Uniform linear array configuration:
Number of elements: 48
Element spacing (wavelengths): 1
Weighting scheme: blackman
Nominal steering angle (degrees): -45
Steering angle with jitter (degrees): -46.514
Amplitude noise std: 0.05
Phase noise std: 0.05

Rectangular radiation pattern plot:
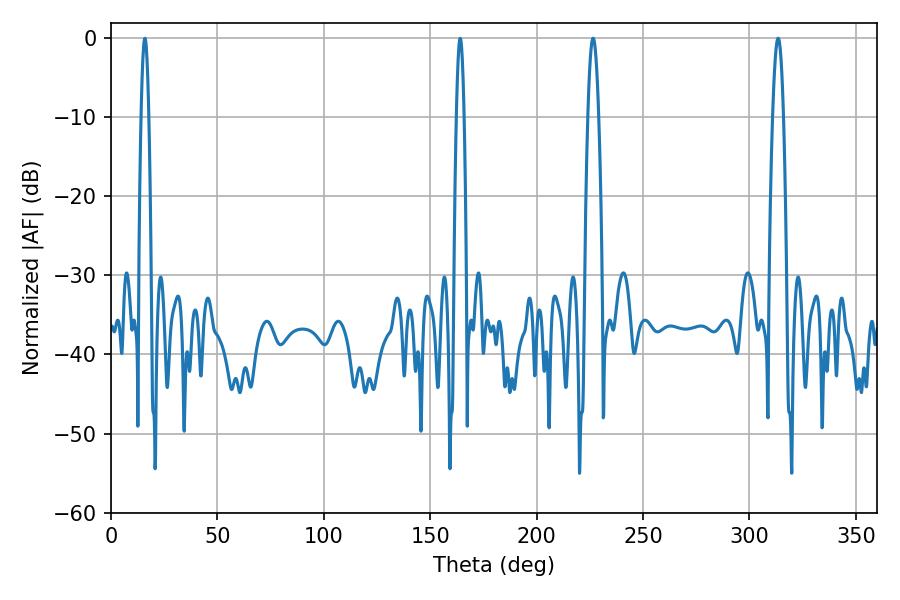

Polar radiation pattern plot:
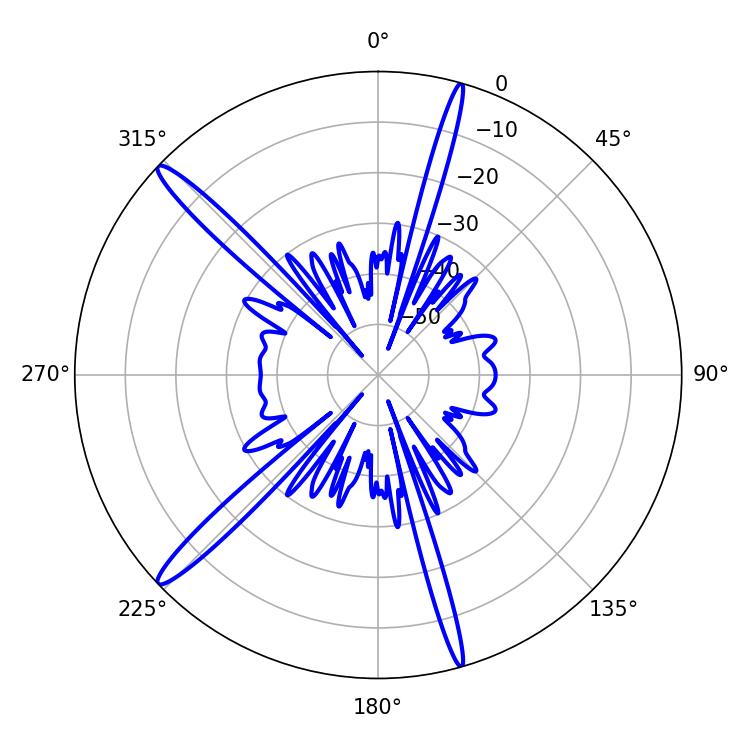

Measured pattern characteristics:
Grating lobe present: TRUE
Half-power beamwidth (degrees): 2.7
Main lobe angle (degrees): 226.44